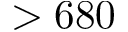
> 6 8 0